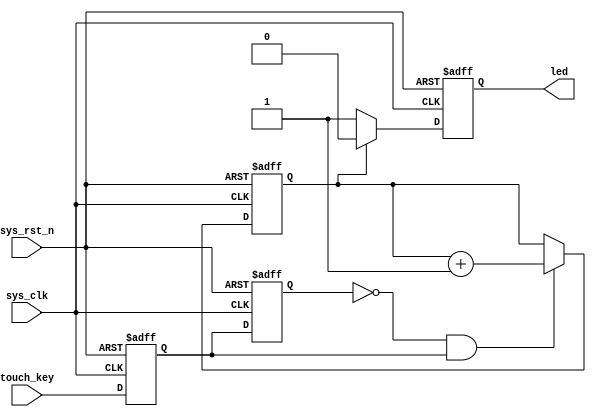

module touch_led(
    //input
    input        sys_clk,      //50Mhz
    input        sys_rst_n,    //
    input        touch_key,    // 
 
    //output
    output  reg  led           //LED

);

//reg define
reg    touch_key_d0;
reg    touch_key_d1;
reg    switch;

//wire define
wire   touch_en;

//
assign  touch_en = (~touch_key_d1) & touch_key_d0;
always @ (posedge sys_clk or negedge sys_rst_n) begin
    if(sys_rst_n == 1'b0) begin
        touch_key_d0 <= 1'b0;
        touch_key_d1 <= 1'b0;
    end
    else begin
        touch_key_d0 <= touch_key;
        touch_key_d1 <= touch_key_d0;
    end 
end

//
always @ (posedge sys_clk or negedge sys_rst_n) begin
    if (sys_rst_n == 1'b0)
        switch <= 1'b0;
    else begin
        if (touch_en)
            switch <= switch+1'b1;
        else 
            switch <= switch;
    end
end

//led
always @ (posedge sys_clk or negedge sys_rst_n) begin
    if (sys_rst_n == 1'b0)
        led <= 1'b1;
    else begin 
        if (switch)
            led <= 1'b0;
        else
            led <= 1'b1;
    end
end

endmodule